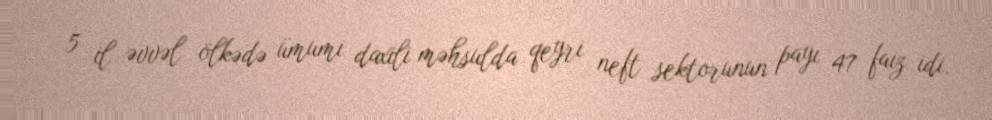
5 il əvvəl ölkədə ümumi daxili məhsulda qeyri neft sektorunun payı 47 faiz idi.